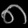
Digit: ၈